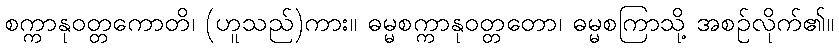
စက္ကာနုဝတ္တကောတိ၊ (ဟူသည်)ကား။ ဓမ္မစက္ကာနုဝတ္တတော၊ ဓမ္မစကြာသို့ အစဉ်လိုက်၏။